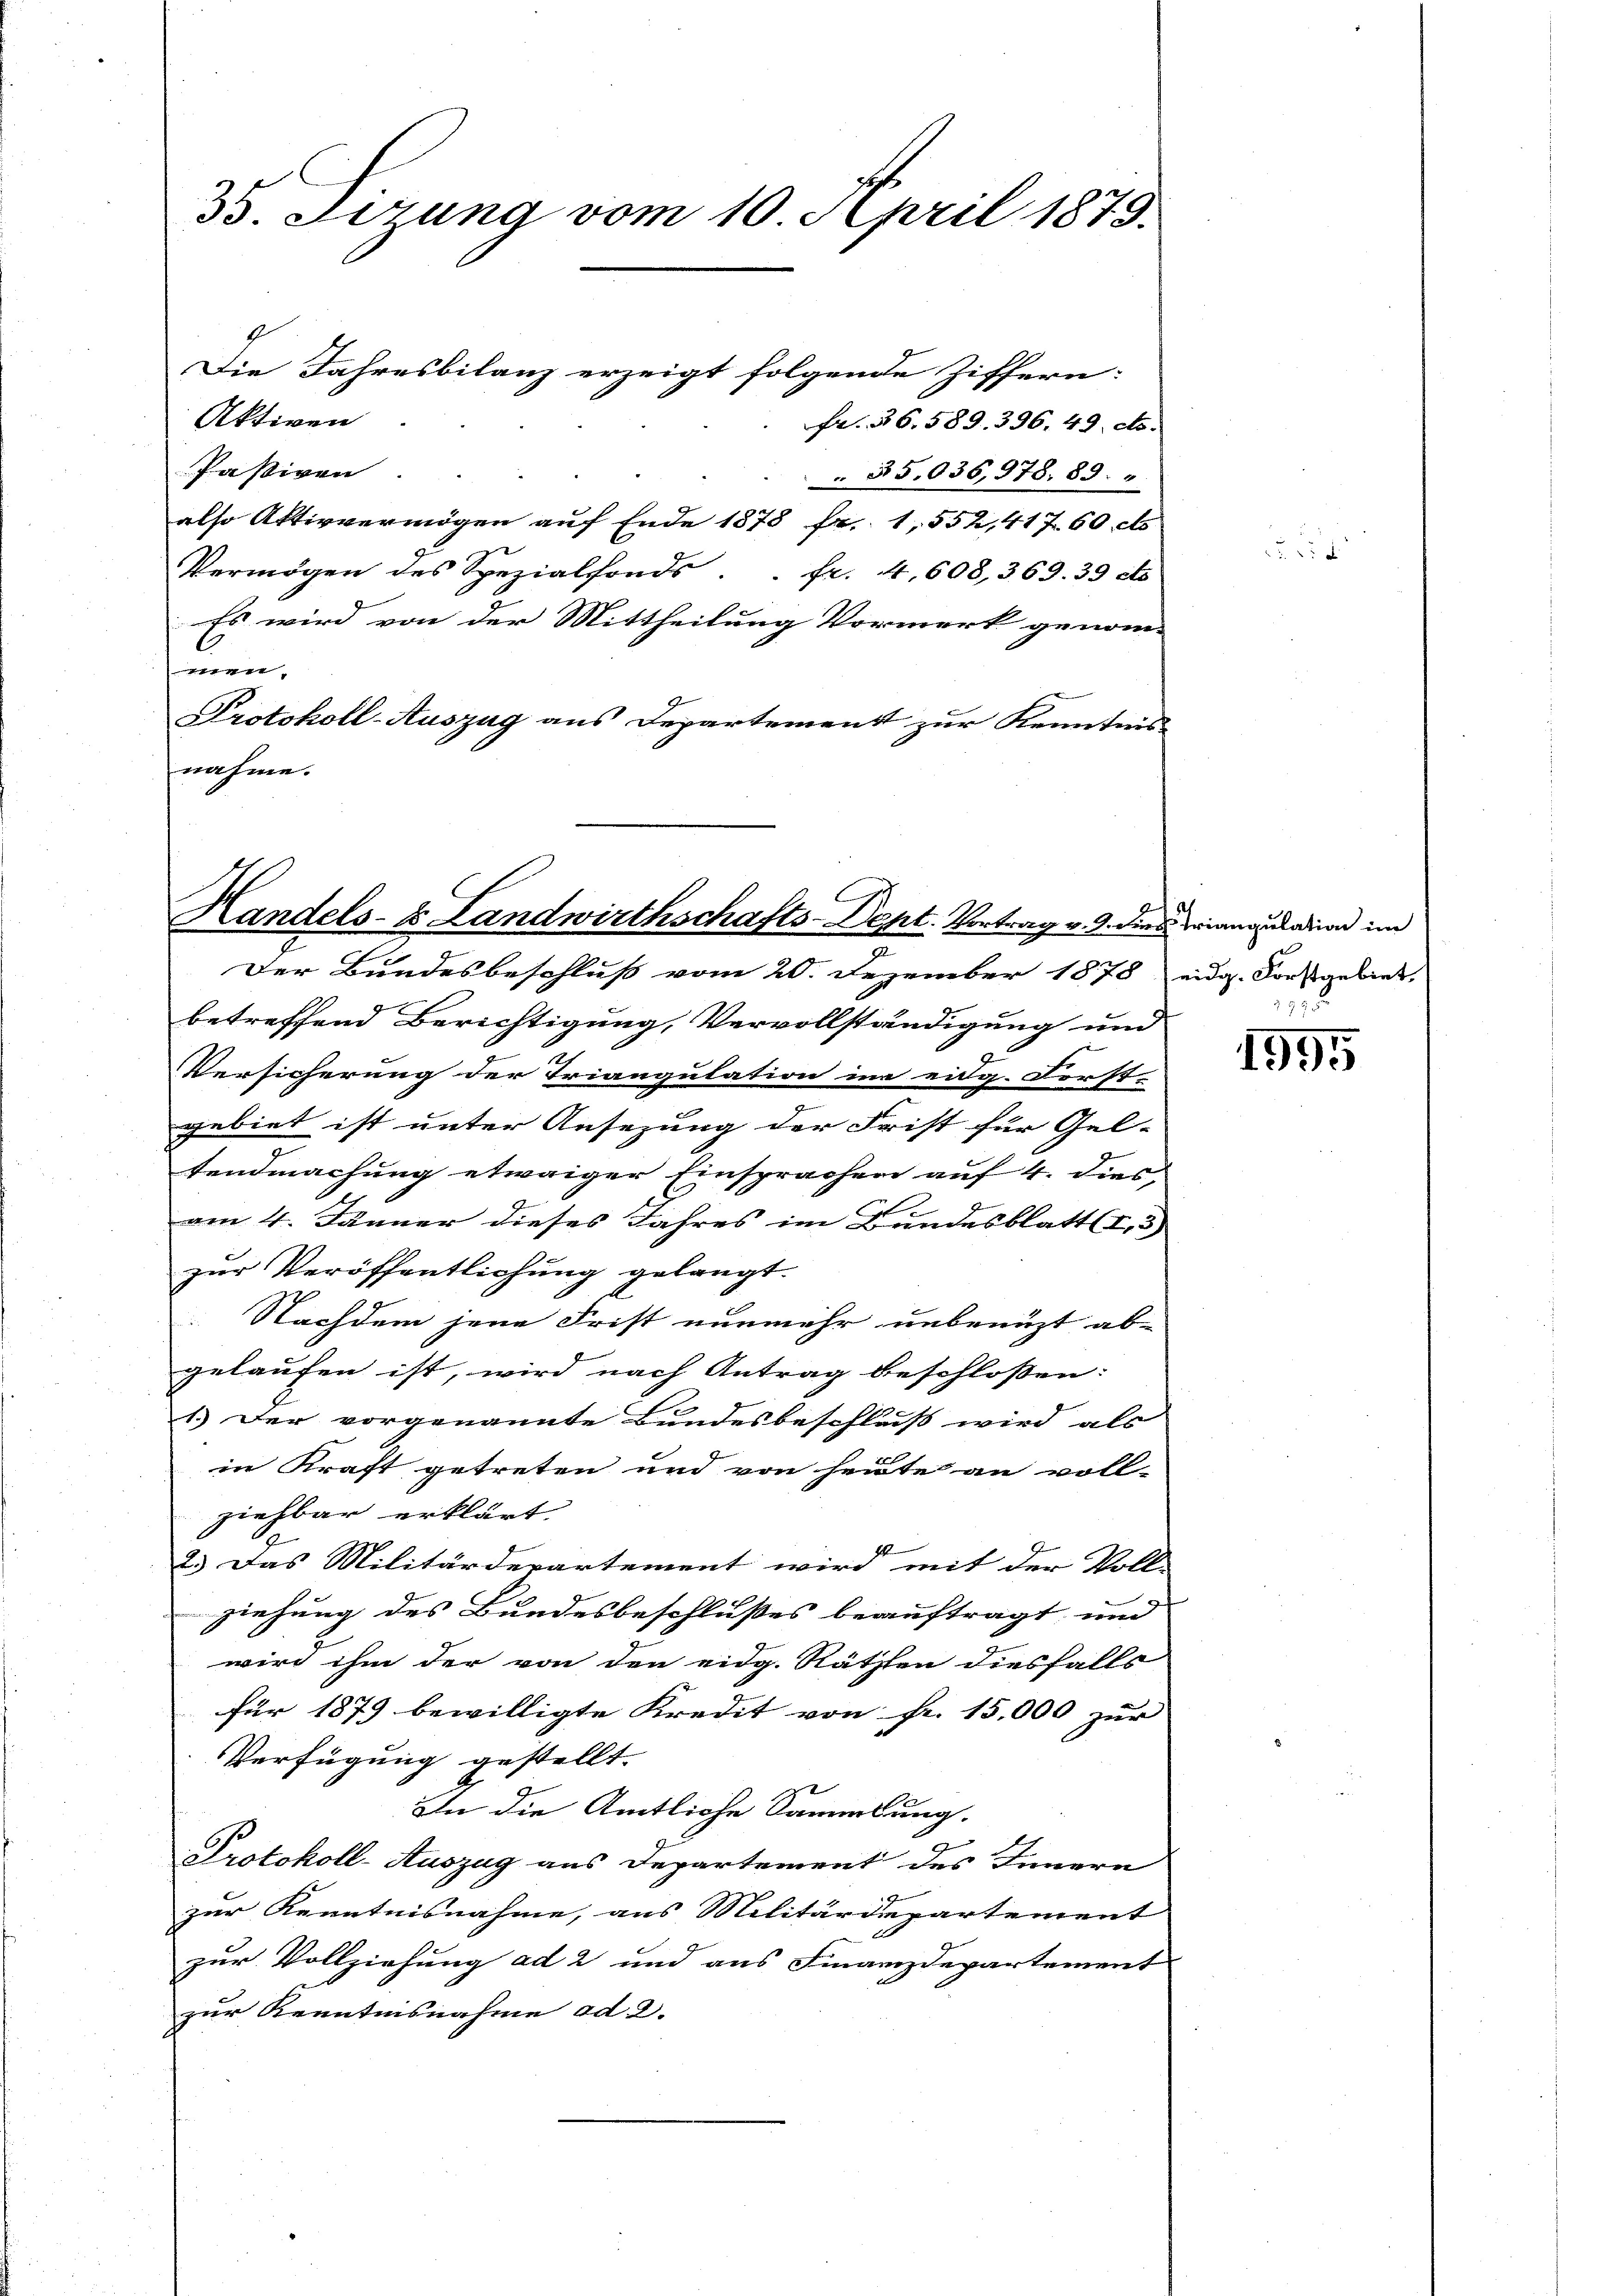
35. Sitzung vom 10. April 1879.

9
Die Jahresbilanz erzeigt folgende Ziffern:
Aktiven
Fr. 36. 589. 396. 49. cts.
Paßiven
35,036,978. 89.
also Aktivvermögen auf Ende 1878 Fr. 1, 552,41760 cts
Vermögen des Spezialfonds . . fr. 4,608, 369. 39 cts
Es wird von der Mittheilung Vormerk genom-
e
Protokoll-Auszug aus Departement zur Kenntnisnahme.

Handels- & Landwirthschafts-Dept. Vortrag v. 9. dies darausalen im

Der Bundesbeschluß vom 20. Dezember 1878 eidg. Forstgebiet,
betreffend Berichtigung, Vervollständigung und
Versicherung der Triangulation im eidg. Forst-
gebiet ist unter Ansezung der Frist für Gel-
tendmachung etwaiger Einsprachen auf 4. dies
am 4. Jänner dieses Jahres im Bundesblatt (I,3)
zur Veröffentlichung gelangt.
Nachdem jene Frist nunmehr unbenützt ab-
gelaufen ist, wird nach Antrag beschlossen:
1.) Der vorgenannte Bundesbeschluß wird als
in Kraft getreten und von heute an voll-
ziehbar erklärt.
18
2. Das Militärdepartement wird mit der Voll-
ziehung des Bundesbeschlußes beauftragt, und
wird ihm der von den eidg. Räthen diesfalls
für 1879 bewilligte Kredit von Fr. 15,000 zur
Verfügung gestellt.
In die Amtliche Sammlung.
Protokoll-Auszug aus Departement des Innern
zur Kenntnisnahme, aus Militärdepartement
zur Vollziehung ad 2 und aus Finanzdepartement
zur Kenntnisnahme ad 2.

29

1995